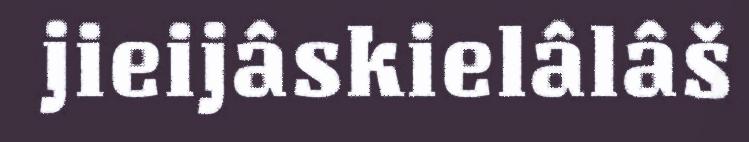
jieijâskielâlâš